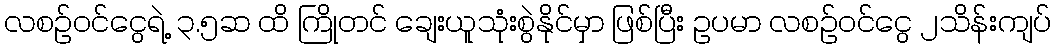
လစဉ်ဝင်ငွေရဲ့ ၃.၅ဆ ထိ ကြိုတင် ချေးယူသုံးစွဲနိုင်မှာ ဖြစ်ပြီး ဥပမာ လစဉ်ဝင်ငွေ ၂သိန်းကျပ်